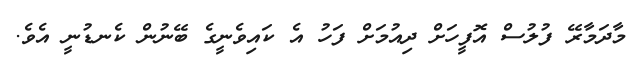
މާދަމާރޭ ފުލުސް އޮފީހަށް ދިއުމަށް ފަހު އެ ކައިވެނީގެ ބޭނުން ކެނޑުނީ އެވެ.